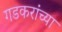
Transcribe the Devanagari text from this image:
गडकरांच्या